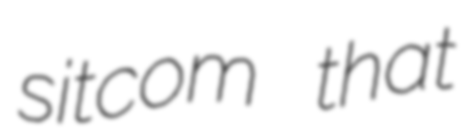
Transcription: sitcom that